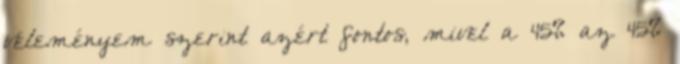
véleményem szerint azért fontos, mivel a 45% az 45%